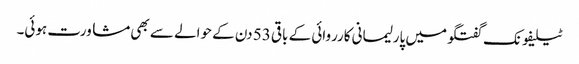
ٹیلیفونک گفتگو میں پارلیمانی کارروائی کے باقی 53 دن کے حوالے سے بھی مشاورت ہوئی۔